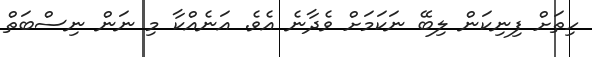
ހިތަށް ފިނިކަން ލިބޭ ނަކަމަށް ވެދާނެ އެވެ. އަނެއްކާ މި ނަން ނިސްބަތް